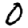
Digit: 0